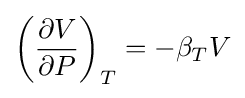
\left({\frac {\partial V}{\partial P}}\right)_{T}=-\beta _{T}V